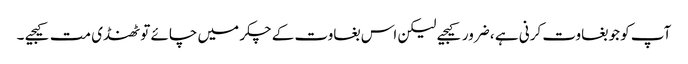
آپ کو جو بغاوت کرنی ہے ، ضرور کیجیے لیکن اس بغاوت کے چکر میں چائے تو ٹھنڈی مت کیجیے ۔